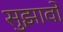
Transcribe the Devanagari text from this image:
सुझावोें